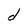
Character: d